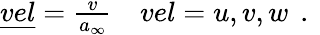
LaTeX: \begin{array}{rl}{\underline{{vel}}=\frac{v}{a_{\infty}}}&{{}vel=u,v,w\, \mathrm{~.~}}\end{array}